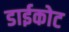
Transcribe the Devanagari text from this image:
डाईकोट